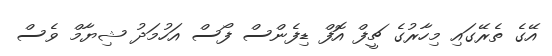
އޭގެ ތެރޭގައި މިހާރުގެ ޗީފް އޮފް ޑިފެންސް ފޯސް އަހުމަދު ޝިޔާމް ވެސް